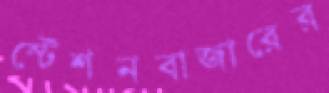
স্টেশনবাজারের